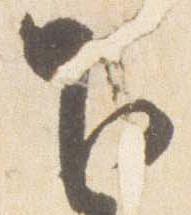
下